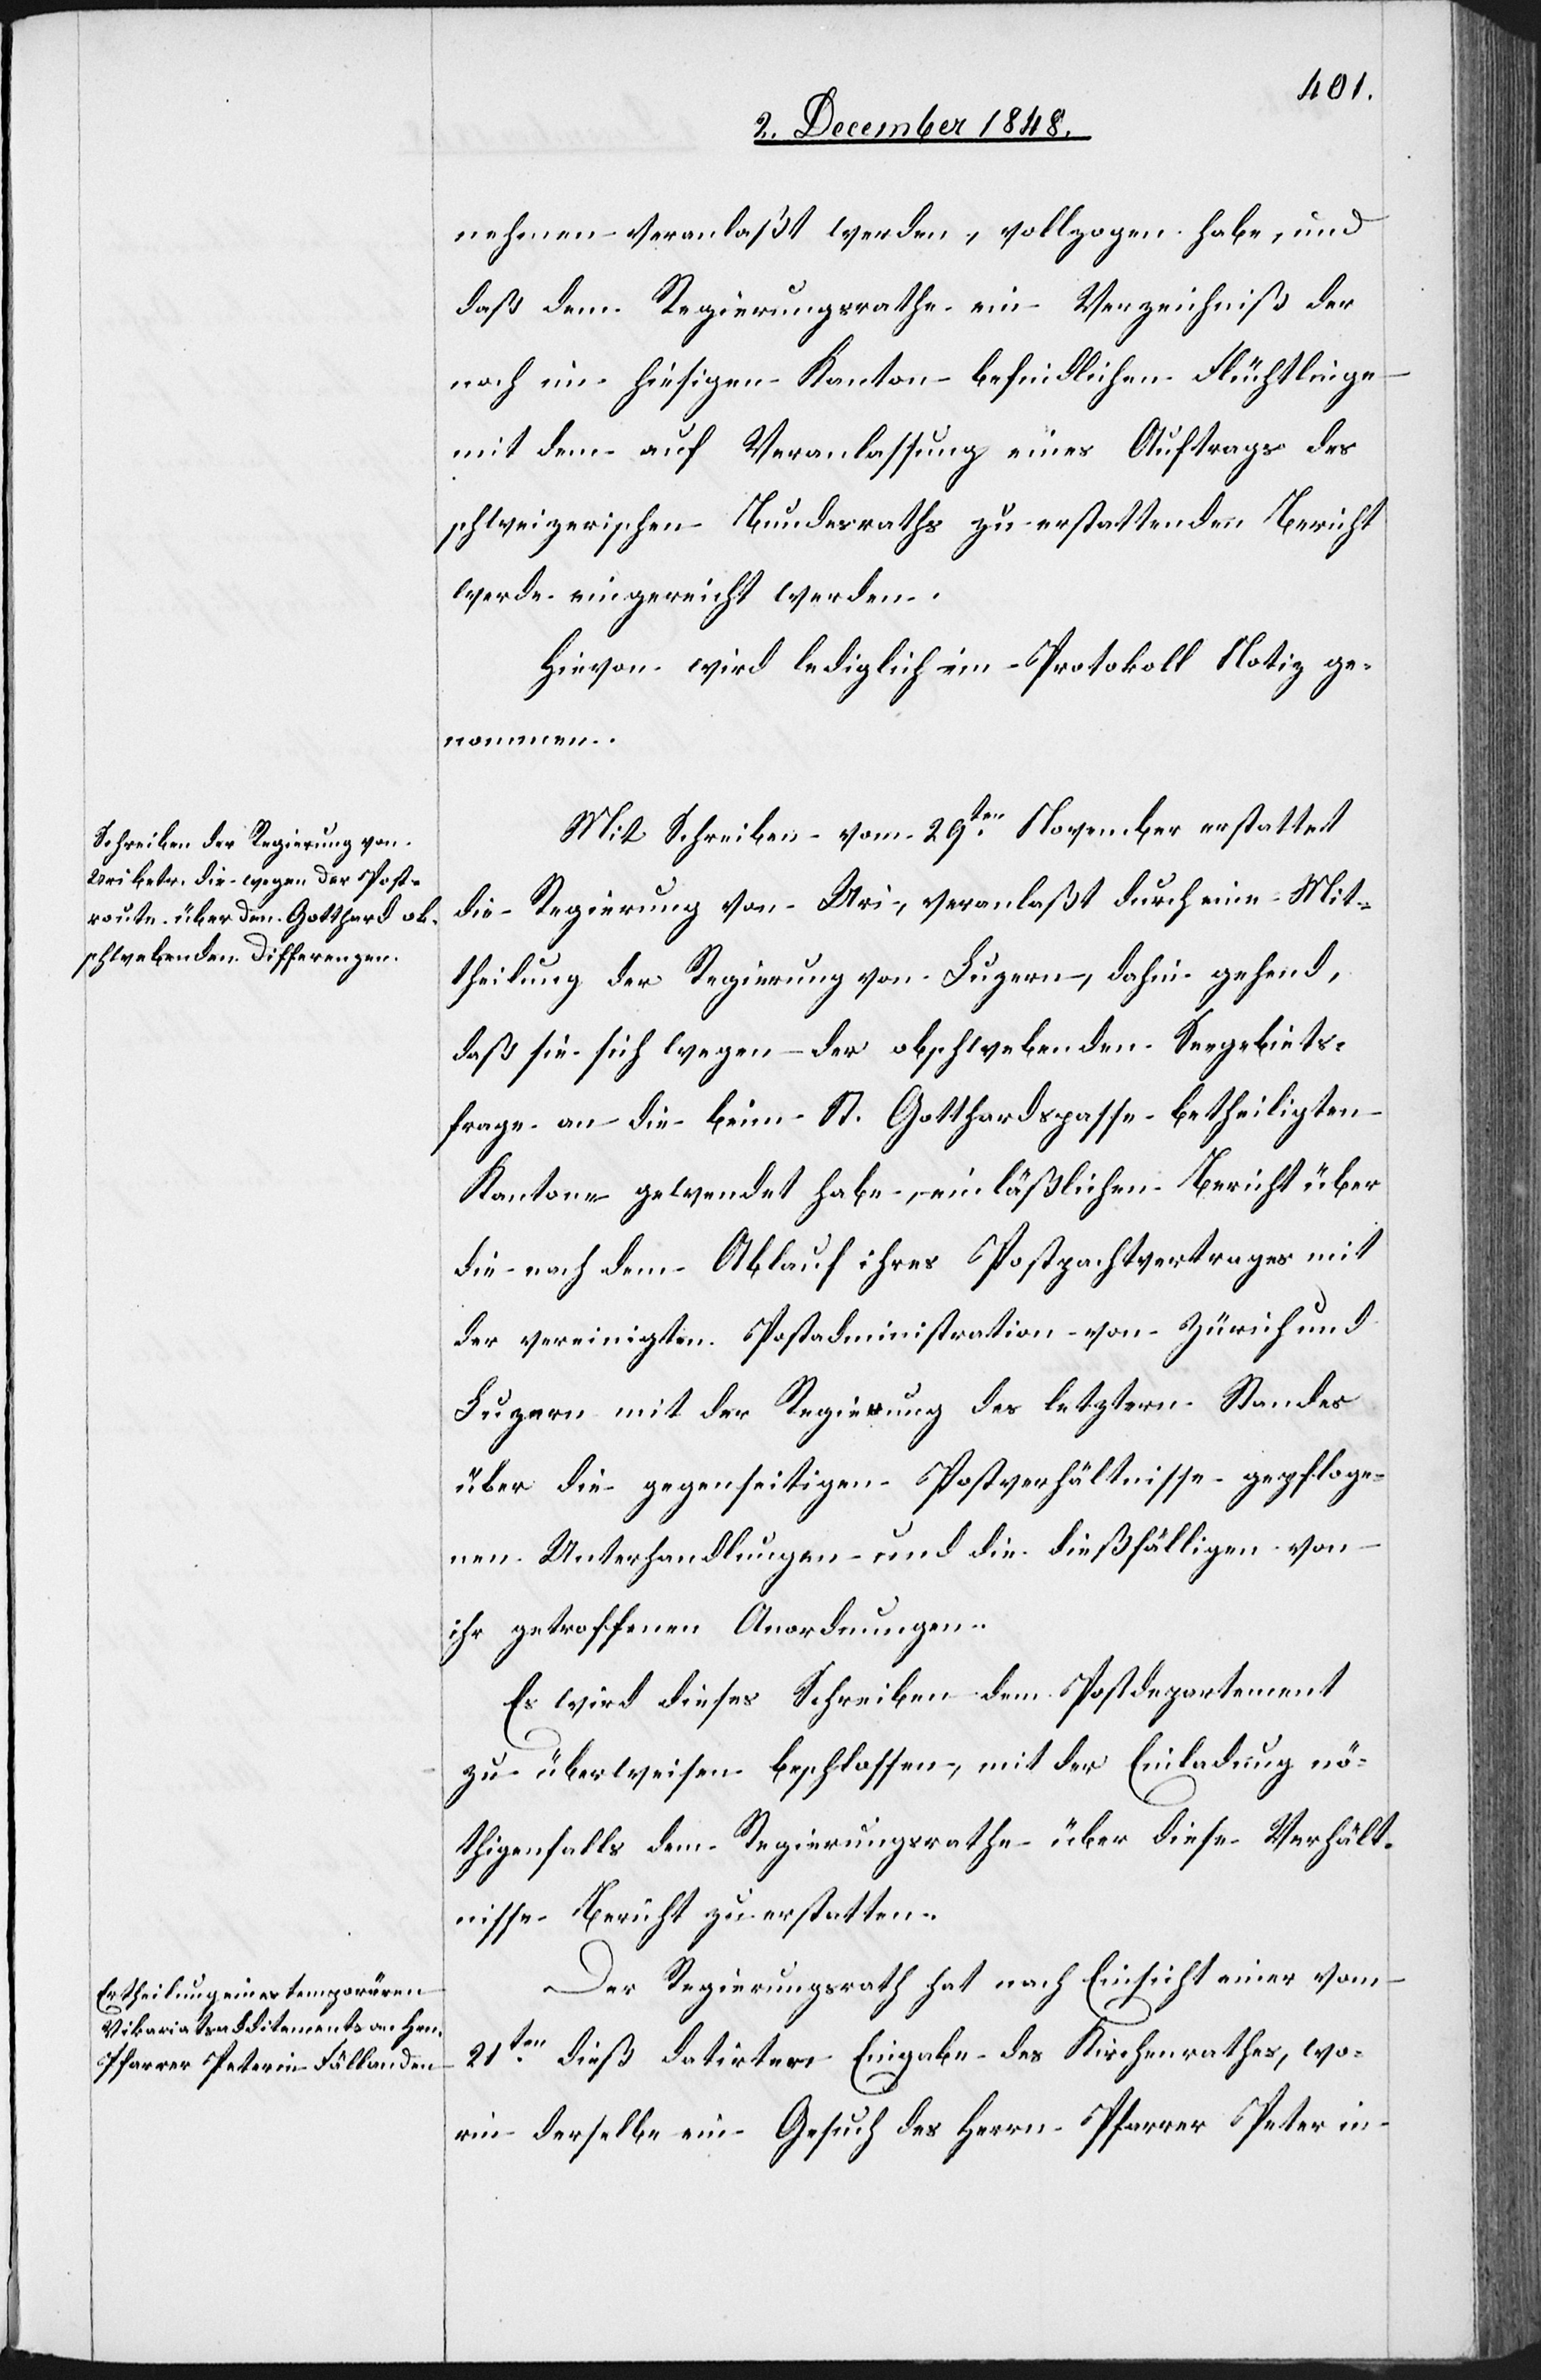
nehmen veranlaßt werden, vollzogen habe, und
daß dem Regierungsrathe ein Verzeichniß der
noch im hiesigen Kanton befindlichen Flüchtlinge
mit dem auf Veranlassung eines Auftrags des
schweizerischen Bundesrathes zu erstattenden Bericht
werde eingereicht werden.
Hievon wird lediglich im Protokoll Notiz ge¬
nommen.
Mit Schreiben vom 29ten November erstattet
die Regierung von Uri, veranlaßt durch eine Mit¬
theilung der Regierung von Luzern, dahin gehend,
daß sie sich wegen der obschwebenden Seegebiets¬
frage an die beim St. Gotthardspasse betheiligten
Kantone gewendet habe, einläßlichen Bericht über
die nach dem Ablauf ihres Postpachtvertrages mit
der vereinigten Postadministration von Zürich und
Luzern mit der Regierung des letztern Standes
über die gegenseitigen Postverhältnisse gepfloge¬
nen Unterhandlungen und die dießfälligen von
ihr getroffenen Anordnungen.
Es wird dieses Schreiben dem Postdepartement
zu überweisen beschlossen, mit der Einladung nö¬
thigenfalls dem Regierungsrathe über diese Verhält¬
nisse Bericht zu erstatten.
Der Regierungsrath hat nach Einsicht einer vom
21ten dieß datirten Eingabe des Kirchenrathes, wo¬
rin derselbe ein Gesuch des Herrn Pfarrer Peter in